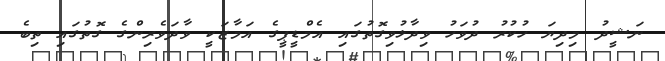
ނަޝީދު މިދިޔަ ހުކުރު ދުވަހު ވިދާޅުވިގޮތުގައި އެމްޑީޕީގެ އަމާޒަކީ ވާދަވެރިންގެ ގޮތުގައި ތިބެ